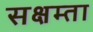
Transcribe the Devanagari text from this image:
सक्षम्ता